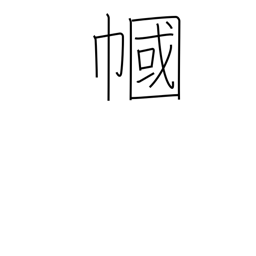
Meaning: veil